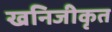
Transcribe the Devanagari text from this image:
खनिजीकृत